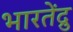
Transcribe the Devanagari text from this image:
भारतेंद्रु